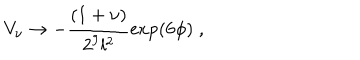
V _ { \nu } \rightarrow - \frac { ( 1 + \nu ) } { 2 ^ { 9 } l ^ { 2 } } \exp ( 6 \phi ) \; ,